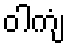
ဝါကျံ